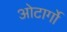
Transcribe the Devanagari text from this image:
ओटार्गो